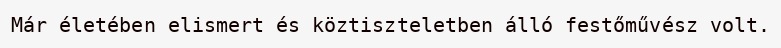
Már életében elismert és köztiszteletben álló festőművész volt.